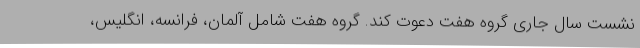
نشست سال جاری گروه هفت دعوت کند. گروه هفت شامل آلمان، فرانسه، انگلیس،